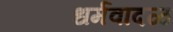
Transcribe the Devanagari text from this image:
धर्मवादळ